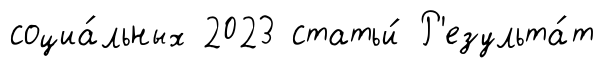
социа́льных 2023 статьи́ Р'езульта́т